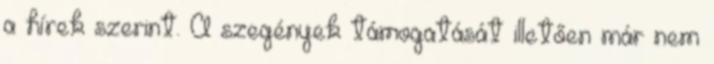
a hírek szerint. A szegények támogatását illetően már nem